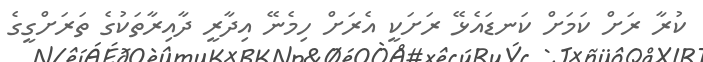
ކުރާ ރަށް ކަމަށް ކަނޑައެޅޭ ރަށަކީ އެރަށް ހިމެނޭ އިދާރީ ދާއިރާތަކުގެ ތަރަށްގީގެ